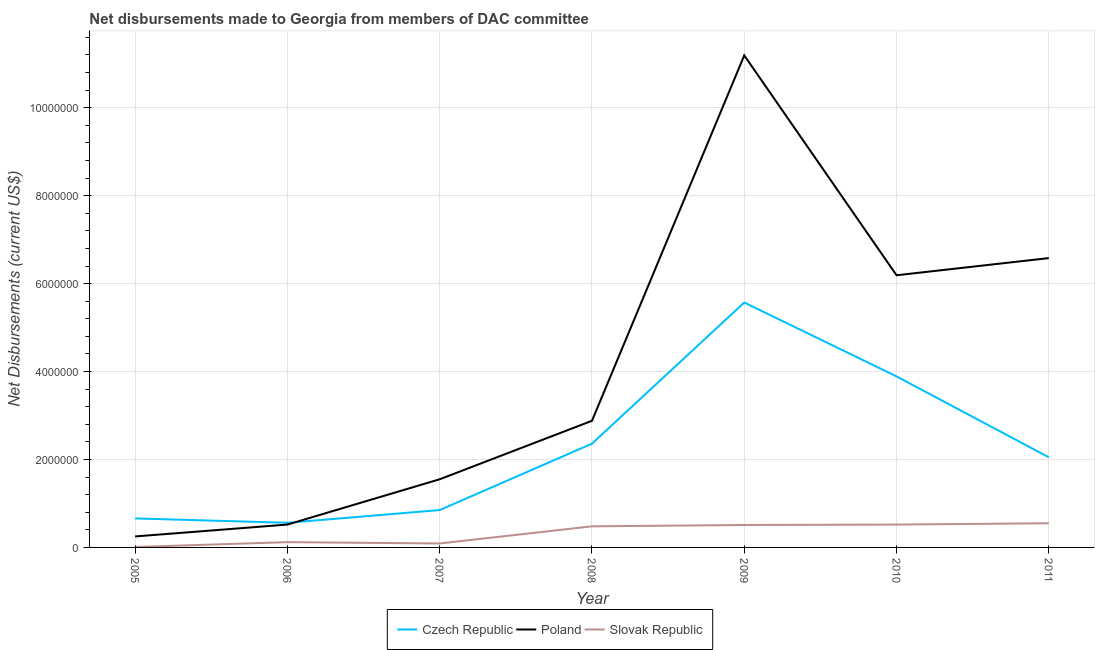
| Year | Czech Republic | Poland | Slovak Republic |
 | --- | --- | --- | --- |
 | 2005 | 6.6e+05 | 2.5e+05 | 1e+04 |
 | 2006 | 5.6e+05 | 5.2e+05 | 1.2e+05 |
 | 2007 | 8.5e+05 | 1.55e+06 | 9e+04 |
 | 2008 | 2.36e+06 | 2.88e+06 | 4.8e+05 |
 | 2009 | 5.57e+06 | 1.12e+07 | 5.1e+05 |
 | 2010 | 3.89e+06 | 6.19e+06 | 5.2e+05 |
 | 2011 | 2.05e+06 | 6.58e+06 | 5.5e+05 |